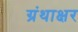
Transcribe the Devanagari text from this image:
ग्रंथाक्षर